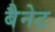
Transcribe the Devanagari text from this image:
बैेनेट